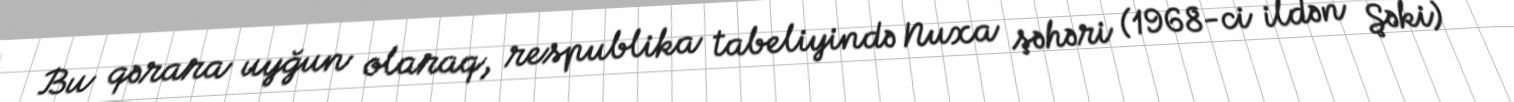
Bu qərara uyğun olaraq, respublika tabeliyində Nuxa şəhəri (1968-ci ildən Şəki)